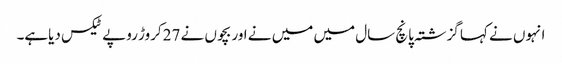
انہوں نے کہا گزشتہ پانچ سال میں میں نے اور بچوں نے 27کروڑ روپے ٹیکس دیاہے۔